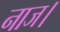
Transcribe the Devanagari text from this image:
नाज।